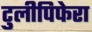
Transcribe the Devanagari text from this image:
टुलीपिफेरा